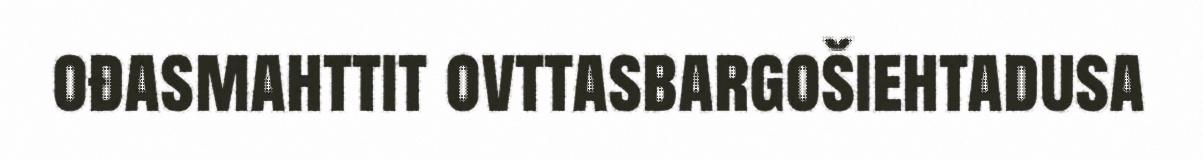
ođasmahttit ovttasbargošiehtadusa